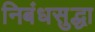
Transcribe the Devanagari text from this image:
निबंधसुद्धा